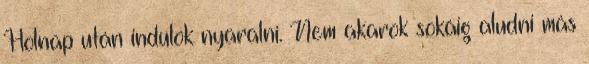
Holnap után indulok nyaralni. Nem akarok sokáig aludni más